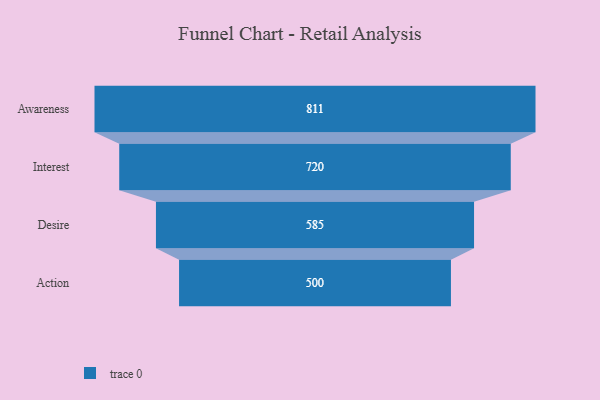
{"axis": {"x": "Stage", "y": "Value"}, "legend": [""], "data": [{"x": "Awareness", "y": 811.0, "type": ""}, {"x": "Interest", "y": 720.0, "type": ""}, {"x": "Desire", "y": 585.0, "type": ""}, {"x": "Action", "y": 500, "type": ""}]}